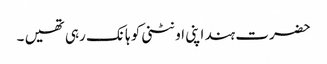
حضرت ہند اپنی اونٹنی کو ہانک رہی تھیں ۔